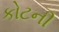
કોટની